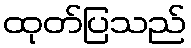
ထုတ်ပြသည်